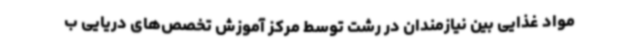
مواد غذایی بین نیازمندان در رشت توسط مرکز آموزش تخصص‌های دریایی ب